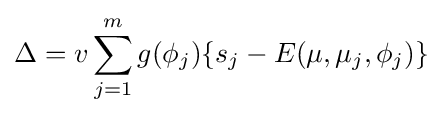
\Delta =v\sum _{j=1}^{m}g(\phi _{j})\{s_{j}-E(\mu ,\mu _{j},\phi _{j})\}